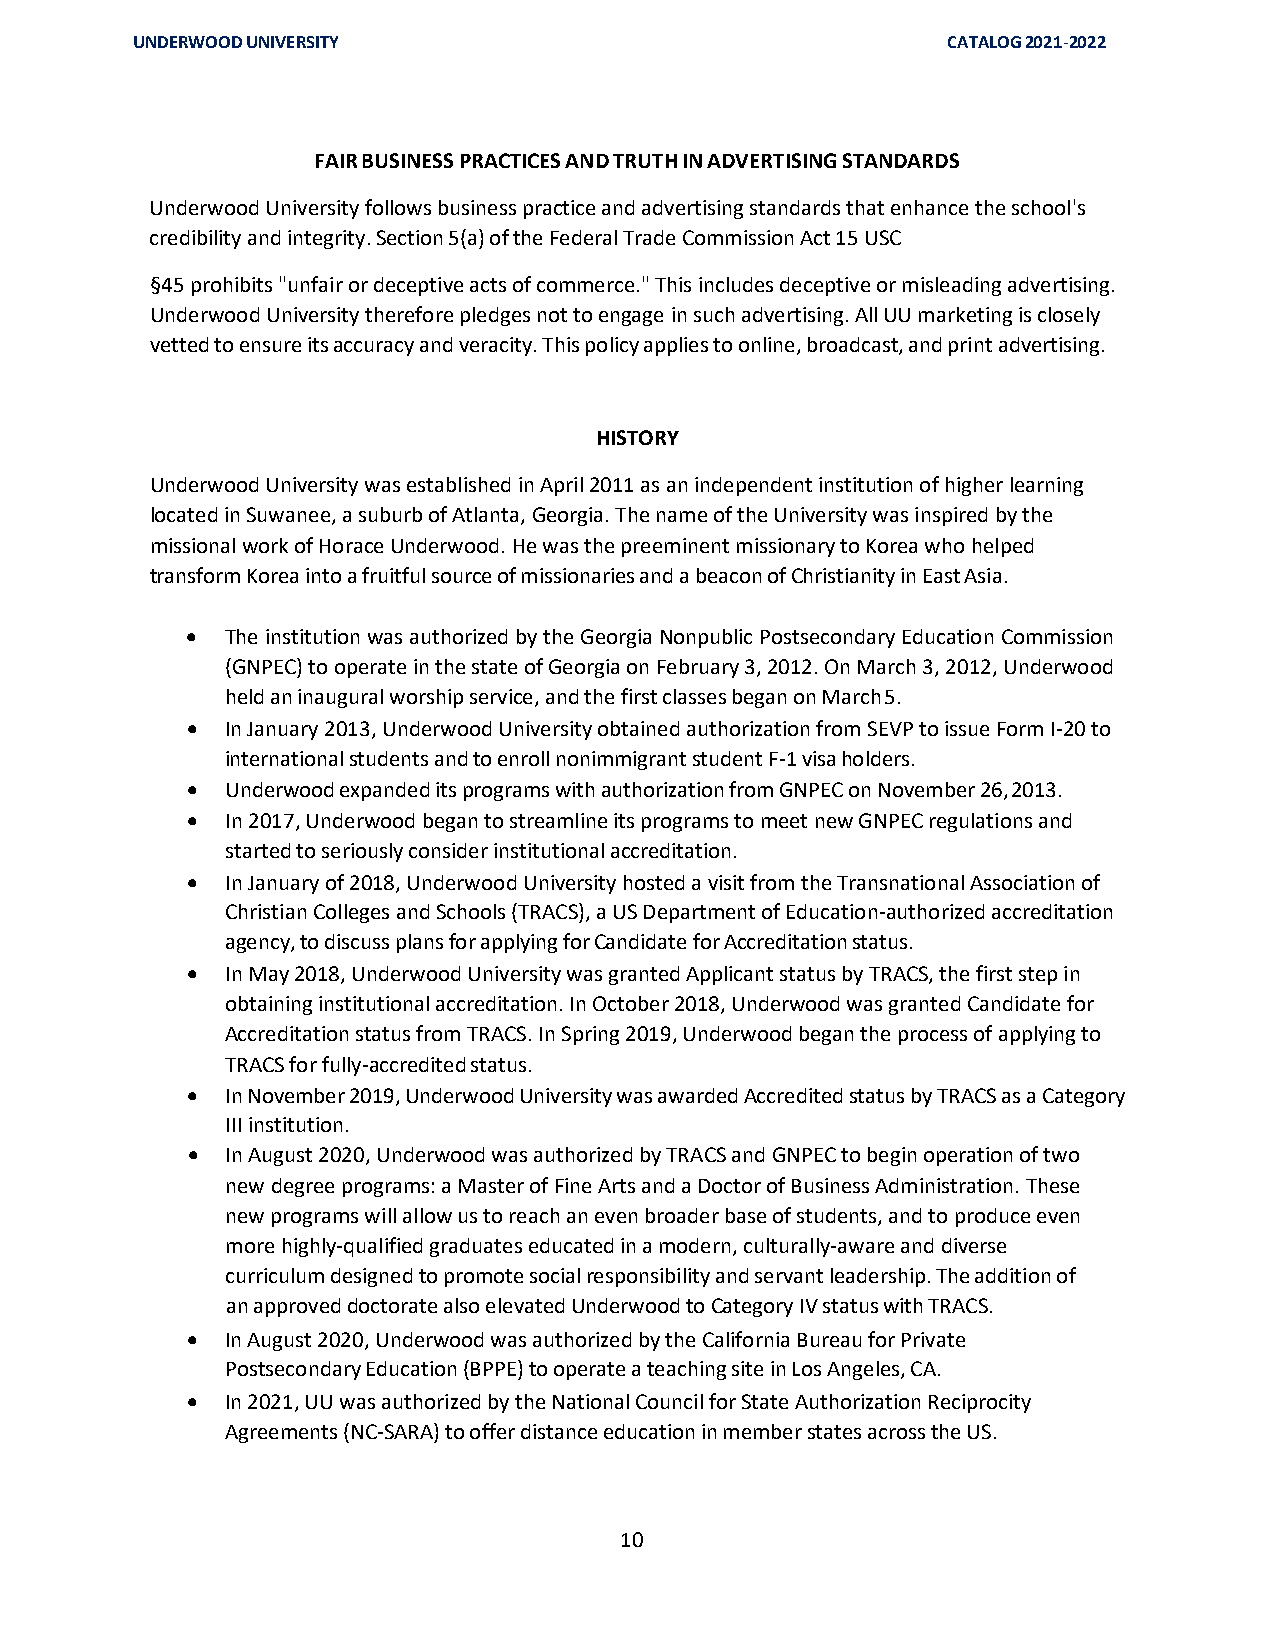
UNDERWOOD UNIVERSITY                                  CATALOG 2021-2022
 FAIR BUSINESS PRACTICES AND TRUTH IN ADVERTISING STANDARDS
 Underwood University follows business practice and advertising standards that enhance the school's
 credibility and integrity. Section 5(a) of the Federal Trade Commission Act 15 USC
 §45 prohibits "unfair or deceptive acts of commerce." This includes deceptive or misleading advertising.
 Underwood University therefore pledges not to engage in such advertising. All UU marketing is closely
 vetted to ensure its accuracy and veracity. This policy applies to online, broadcast, and print advertising.
 HISTORY
 Underwood University was established in April 2011 as an independent institution of higher learning
 located in Suwanee, a suburb of Atlanta, Georgia. The name of the University was inspired by the
 missional work of Horace Underwood. He was the preeminent missionary to Korea who helped
 transform Korea into a fruitful source of missionaries and a beacon of Christianity in East Asia.
 •  The institution was authorized by the Georgia Nonpublic Postsecondary Education Commission
 (GNPEC) to operate in the state of Georgia on February 3, 2012. On March 3, 2012, Underwood
 held an inaugural worship service, and the first classes began on March 5.
 •  In January 2013, Underwood University obtained authorization from SEVP to issue Form I-20 to
 international students and to enroll nonimmigrant student F-1 visa holders.
 •  Underwood expanded its programs with authorization from GNPEC on November 26, 2013.
 •  In 2017, Underwood began to streamline its programs to meet new GNPEC regulations and
 started to seriously consider institutional accreditation.
 •  In January of 2018, Underwood University hosted a visit from the Transnational Association of
 Christian Colleges and Schools (TRACS), a US Department of Education-authorized accreditation
 agency, to discuss plans for applying for Candidate for Accreditation status.
 •  In May 2018, Underwood University was granted Applicant status by TRACS, the first step in
 obtaining institutional accreditation. In October 2018, Underwood was granted Candidate for
 Accreditation status from TRACS. In Spring 2019, Underwood began the process of applying to
 TRACS for fully-accredited status.
 •  In November 2019, Underwood University was awarded Accredited status by TRACS as a Category
 III institution.
 •  In August 2020, Underwood was authorized by TRACS and GNPEC to begin operation of two
 new degree programs: a Master of Fine Arts and a Doctor of Business Administration. These
 new programs will allow us to reach an even broader base of students, and to produce even
 more highly-qualified graduates educated in a modern, culturally-aware and diverse
 curriculum designed to promote social responsibility and servant leadership. The addition of
 an approved doctorate also elevated Underwood to Category IV status with TRACS.
 •  In August 2020, Underwood was authorized by the California Bureau for Private
 Postsecondary Education (BPPE) to operate a teaching site in Los Angeles, CA.
 •  In 2021, UU was authorized by the National Council for State Authorization Reciprocity
 Agreements (NC-SARA) to offer distance education in member states across the US.
 10